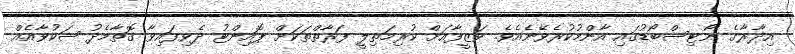
އިދާރާގެ ނޯޓިސްބޯޑުގައި އާންމުކުރެވޭނެއެވެ. ވަޒީފާއަށް ކުރިމަތިލީ ފަރާތްތަކަށް ޕޮއިންޓު ދެވިފައިވާ ގޮތާމެދު ޝަކުވާއެއް